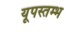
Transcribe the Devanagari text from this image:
यूपस्तम्भ